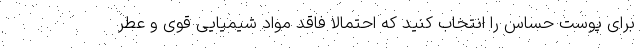
برای پوست حساس را انتخاب کنید که احتمالا فاقد مواد شیمیایی قوی و عطر